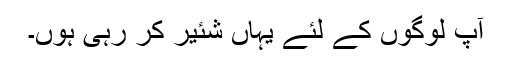
آپ لوگوں کے لئے یہاں شئیر کر رہی ہوں۔